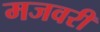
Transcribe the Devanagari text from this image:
मजवरी